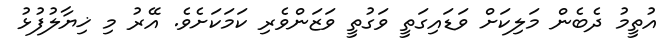
އުތީމު ދެބެން މަލިކަށް ވަޑައިގަތީ ވަގުތީ ވަޒަންވެރި ކަމަކަށެވެ. އޭރު މި ޚިޔާލުފުޅު